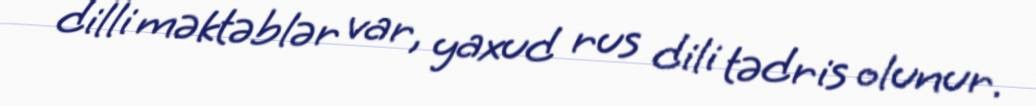
dilli məktəblər var, yaxud rus dili tədris olunur.